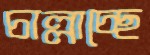
চাল্লাচ্ছে